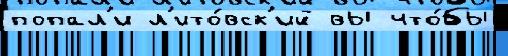
попал'и л'ито́вск'ий вы что́бы